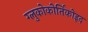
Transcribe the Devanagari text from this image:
ग्लुकोकोर्तिकोइद